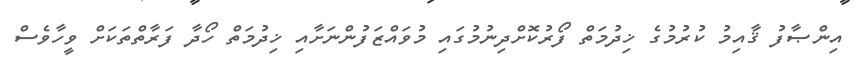
އިންޞާފު ޤާއިމު ކުރުމުގެ ޚިދުމަތް ފޯރުކޮށްދިނުމުގައި މުވައްޒަފުންނަށާއި ޚިދުމަތް ހޯދާ ފަރާތްތަކަށް ވީހާވެސް